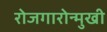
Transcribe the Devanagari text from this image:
रोजगारोन्मुखी